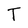
Character: T